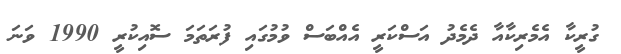
ގުރީކާ އެމެރިކާއާ ދެމެދު އަސްކަރީ އެއްބަސް ވުމުގައި ފުރަތަމަ ސޮއިކުރީ 1990 ވަނަ